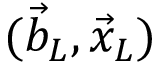
( \vec { b } _ { L } , \vec { x } _ { L } )